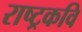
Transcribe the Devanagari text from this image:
राष्‍ट्रकवि